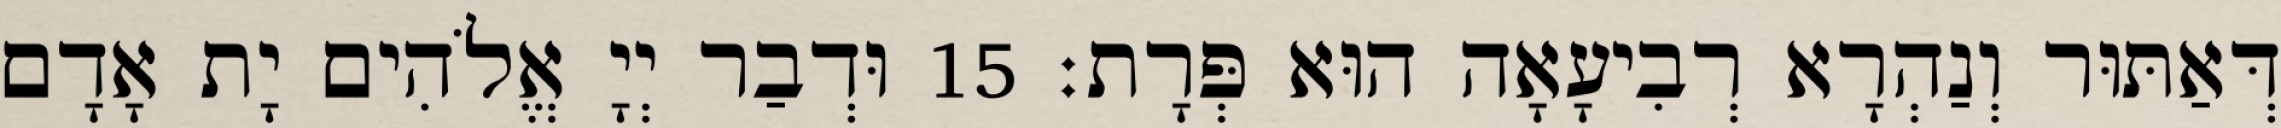
דְּאַתּוּר וְנַהְרָא רְבִיעָאָה הוּא פְּרָת׃ 15 וּדְבַר יְיָ אֱלֹהִים יָת אָדָם